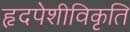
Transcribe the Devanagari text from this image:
हृदपेशीविकृति